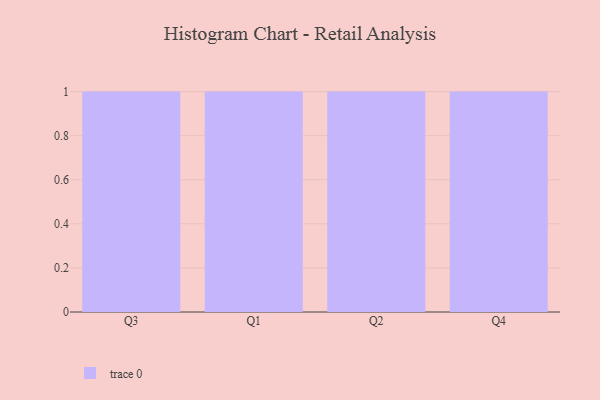
{"axis": {"x": "Quarter", "y": "Operating Costs (USD K)"}, "legend": [""], "data": [{"x": "Q3", "y": 77, "type": ""}, {"x": "Q1", "y": 20, "type": ""}, {"x": "Q2", "y": 70, "type": ""}, {"x": "Q4", "y": 15, "type": ""}]}